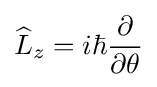
{\widehat {L}}_{z}=i\hbar {\frac {\partial }{\partial \theta }}